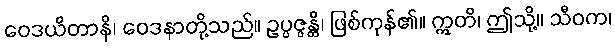
ဝေဒယိတာနိ၊ ဝေဒနာတို့သည်။ ဥပ္ပဇ္ဇန္တိ၊ ဖြစ်ကုန်၏။ ဣတိ၊ ဤသို့။ သီဝက၊